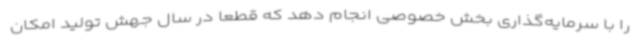
را با سرمایه‌گذاری بخش خصوصی انجام دهد که قطعا در سال جهش تولید امکان